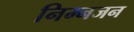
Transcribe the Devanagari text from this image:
निम्नजन